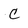
Character: C